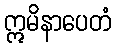
ဣမိနာပေတံ